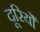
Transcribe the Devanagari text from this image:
दूरियोँ